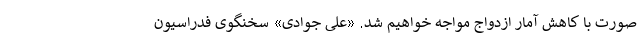
صورت با کاهش آمار ازدواج مواجه خواهیم شد. «علی جوادی» سخنگوی فدراسیون